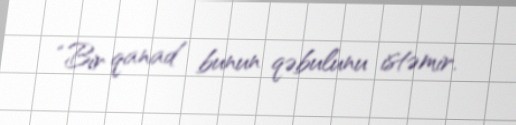
“Bir qanad bunun qəbulunu istəmir.